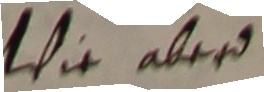
Wie aber